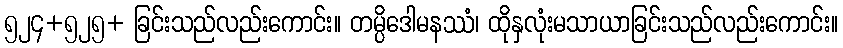
၅၂၄+၅၂၅+ ခြင်းသည်လည်းကောင်း။ တမ္ပိဒေါမနဿံ၊ ထိုနှလုံးမသာယာခြင်းသည်လည်းကောင်း။